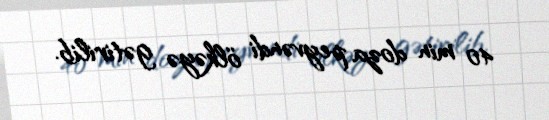
40 min doza peyvəndi ölkəyə gətirilib.